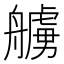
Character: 艣